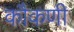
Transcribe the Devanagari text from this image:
कौकणी